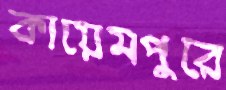
কায়েমপুরে